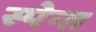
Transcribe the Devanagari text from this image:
स्पेन्त